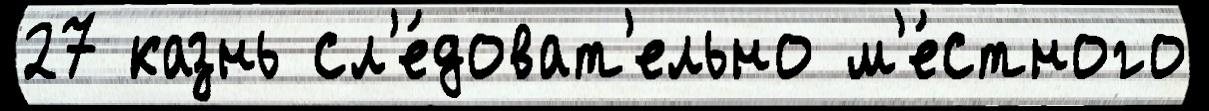
27 казнь сл'е́доват'ельно м'е́стного